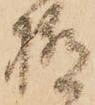
極